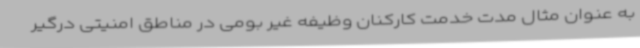
به عنوان مثال مدت خدمت کارکنان وظیفه غیر بومی در مناطق امنیتی درگیر